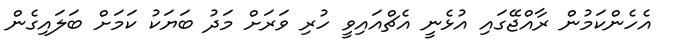
އެހެންކަމުން ރާއްޖޭގައި އުޅެނީ އެޗްއައިވީ ހުރި ވަރަށް މަދު ބަޔަކު ކަމަށް ބަލައިގެން